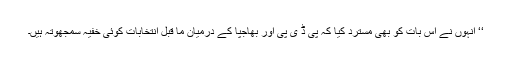
‘‘ انہوں نے اس بات کو بھی مسترد کیا کہ پی ڈ ی پی اور بھاجپا کے درمیان ما قبل انتخابات کوئی خفیہ سمجھوتہ ہیں۔